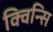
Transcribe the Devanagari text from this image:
क्विन्सि